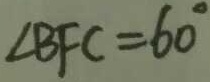
\angle B F C = 6 0 ^ { \circ }